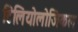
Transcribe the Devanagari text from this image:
टिलियोलोजिकल